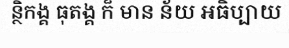
ន្ថិកង្គ ធុតង្គ ក៏ មាន ន័យ អធិប្បាយ